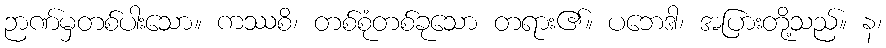
ဉာဏ်မှတစ်ပါးသော။ ကဿစိ၊ တစ်စုံတစ်ခုသော တရား၏။ ပဘေဒါ၊ အပြားတို့သည်။ န၊